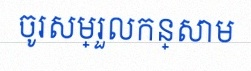
ចូរសម្រួលកន្សោម